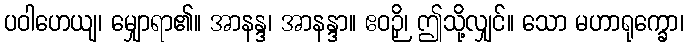
ပဝါဟေယျ၊ မျှောရာ၏။ အာနန္ဒ၊ အာနန္ဒာ။ ဧဝဉှိ၊ ဤသို့လျှင်။ သော မဟာရုက္ခော၊